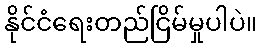
နိုင်ငံရေးတည်ငြိမ်မှုပါပဲ။